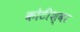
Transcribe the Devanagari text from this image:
कोटीश्वर